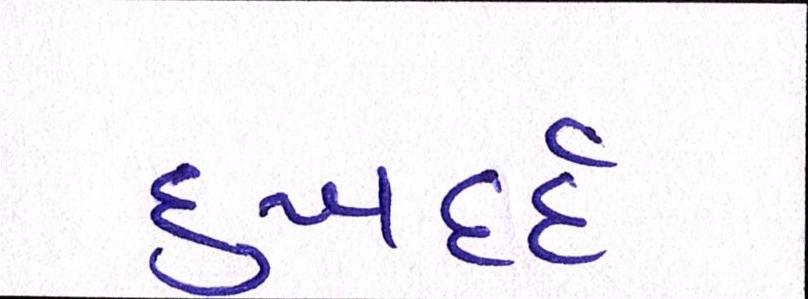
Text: દુઃખદર્દ